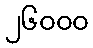
၂၆၀၀၀